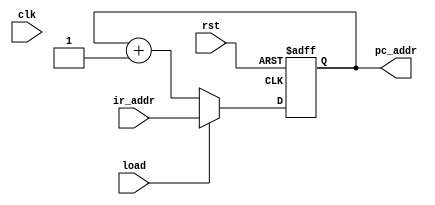
module pro_count(pc_addr,ir_addr,load,clk,rst);
   output [12:0] pc_addr;
   input [12:0]  ir_addr;
   input 	 load,clk,rst;

   reg [12:0] 	 pc_addr;

   always @ (posedge clock or posedge rst)
     begin
	if(rst)
	  pc_addr <= 13'h000;
	else
	  if(load)
	    pc_addr <= ir_addr;
	  else
	    pc_addr <= pc_addr + 1;
     end
endmodule